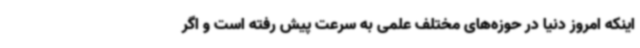
اینکه امروز دنیا در حوزه‌های مختلف علمی به سرعت پیش رفته است و اگر